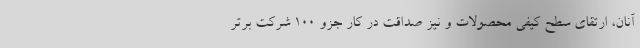
آنان، ارتقای سطح کیفی محصولات و نیز صداقت در کار جزو 100 شرکت برتر